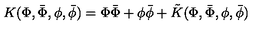
K ( \Phi , \bar { \Phi } , \phi , \bar { \phi } ) = \Phi \bar { \Phi } + \phi \bar { \phi } + \tilde { K } ( \Phi , \bar { \Phi } , \phi , \bar { \phi } )